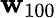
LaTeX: {\mathbf w}_{100}